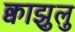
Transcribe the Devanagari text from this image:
क्वाझुलु